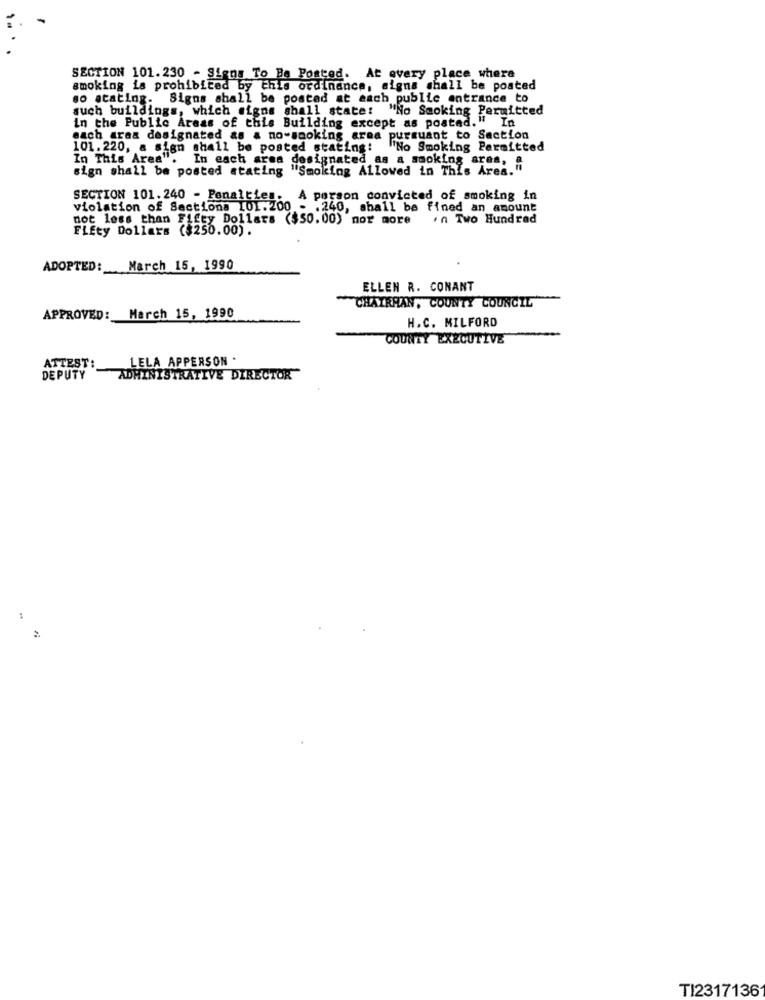
SECTION 101.230 - Signs To Be Posted. At every place where
smoking is prohibited by this ordinance, signs shall be posted
go stating. Signs shall be posted at each public entrance to
such buildings, which signs shall state: "No Smoking Permitted
In the Public Areas of this Building except as postad." In
each araa designated as & no-smoking area pursuant to Section
101. 220, a sign shall be posted stating: "No Smoking Permitted
In This Area". In each area designated as a smoking area, A
sign shall be posted atating "Smoking Allowed in This Area."
SECTION 101. 240 - Penalties. A person convicted of smoking in
violation of Sections 101.200 - . 240, shall be fined an amount
not less than Fifty Dollars ($50.00) mor more 'n Two Hundred
FLEty Dollars ($250.00).
ADOPTED:
March 15, 1990
ELLEN R. CONANT
CHAIRHAN, COUNTY COUNCIL
APPROVED: March 15, 1990
H.C. MILFORD
COUNTY EXECUTIVE
ATTEST:
LELA APPERSON.
DEPUTY
ADMINISTRATIVE DIRECTOR
..
TI2317136